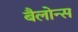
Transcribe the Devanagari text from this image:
बैलोन्स